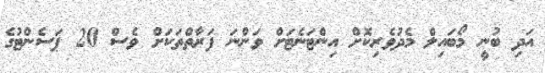
އަދި ބުނީ މޯބައިލް މެދުވެރިކޮށް އިންޓަނެޓަށް ވަންނަ ފަރާތްތަކަށް ވެސް 20 ޕަސެންޓުގެ